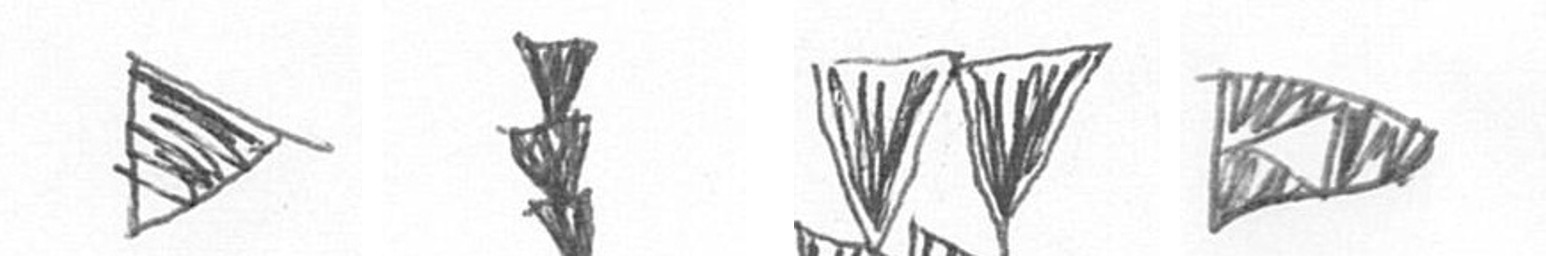
T E B K